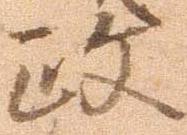
政